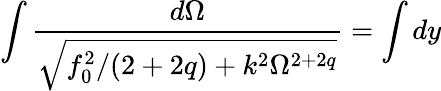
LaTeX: \int\frac{d\Omega}{\sqrt{f_{0}^{2}/(2+2q)+k^{2}\Omega^{2+2q}}}=\int dy